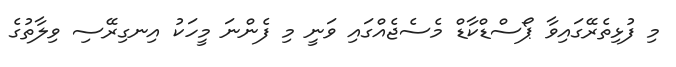
މި ފުޅިތެރޭގައިވާ ޕޯސްޑްކާޑް މެސެޖެއްގައި ވަނީ މި ފެންނަ މީހަކު އިނގިރޭސި ވިލާތުގެ